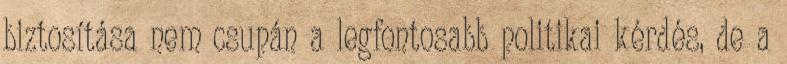
biztosítása nem csupán a legfontosabb politikai kérdés, de a